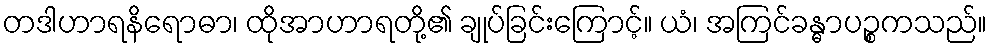
တဒါဟာရနိရောဓာ၊ ထိုအာဟာရတို့၏ ချုပ်ခြင်းကြောင့်။ ယံ၊ အကြင်ခန္ဓာပဉ္စကသည်။